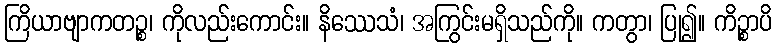
ကြိယာဗျာကတဉ္စ၊ ကိုလည်းကောင်း။ နိဿေသံ၊ အကြွင်းမရှိသည်ကို။ ကတွာ၊ ပြု၍။ ကိဉ္စာပိ